Vaccine operations Central Provinces 1868-1885 - 1868-1885
Year: 1868
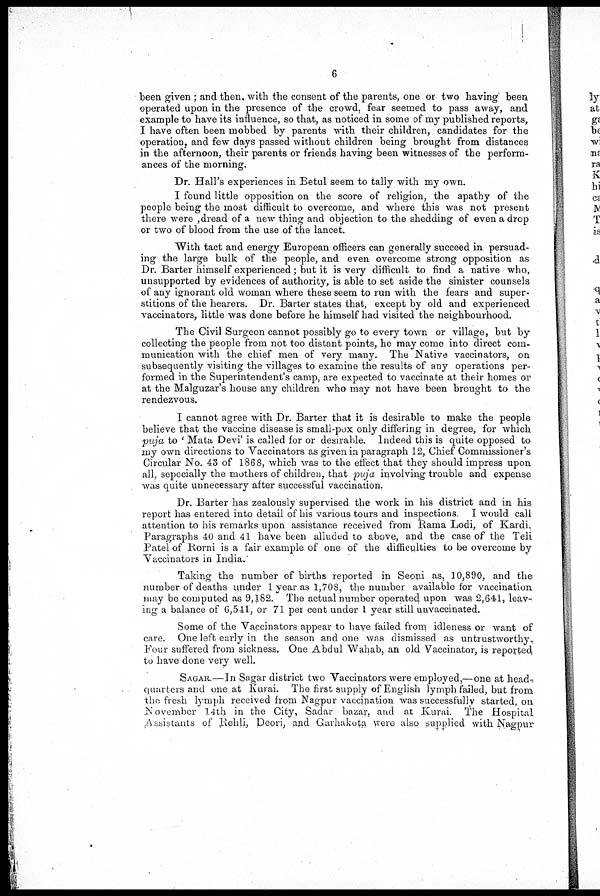
6
been given ; and then, with the consent of the parents, one or two having been
operated upon in the presence of the crowd, fear seemed to pass away, and
example to have its influence, so that, as noticed in some of my published reports,
I have often been mobbed by parents with their children, candidates for the
operation, and few days passed without children being brought from distances
in the afternoon, their parents or friends having been witnesses of the perform-
ances of the morning.
Dr. Hall's experiences in Betul seem to tally with my own.
I found little opposition on the score of religion, the apathy of the
people being the most difficult to overcome, and where this was not present
there were ,dread of a new thing and objection to the shedding of even a drop
or two of blood from the use of the lancet.
With tact and energy European officers can generally succeed in persuad-
ing the large bulk of the people, and even overcome strong opposition as
Dr. Barter himself experienced; but it is very difficult to find a native who,
unsupported by evidences of authority, is able to set aside the sinister counsels
of any ignorant old woman where these seem to run with the fears and super-
stitions of the hearers. Dr. Barter states that, except by old and experienced
vaccinators, little was done before he himself had visited the neighbourhood.
The Civil Surgeon cannot possibly go to every town or village, but by
collecting the people from not too distant points, he may come into direct com-
munication with the chief men of very many. The Native vaccinators, on
subsequently visiting the villages to examine the results of any operations per-
formed in the Superintendent's camp, are expected to vaccinate at their homes or
at the Malguzar's house any children who may not have been brought to the
rendezvous.
I cannot agree with Dr. Barter that it is desirable to make the people
believe that the vaccine disease is small-pox only differing in degree, for which
puja to ' Mata Devi' is called for or desirable. Indeed this is quite opposed to
my own directions to Vaccinators as given in paragraph 12, Chief Commissioner's
Circular No. 43 of 1868, which was to the effect that they should impress upon
all, sepecially the mothers of children, that puja involving trouble and expense
was quite unnecessary after successful vaccination.
Dr. Barter has zealously supervised the work in his district and in his
report has entered into detail of his various tours and inspections. I would call
attention to his remarks upon assistance received from Rama Lodi, of Kardi,
Paragraphs 40 and 41 have been alluded to above, and the case of the Teli
Patel of Rorni is a fair example of one of the difficulties to be overcome by
Vaccinators in India.
Taking the number of births reported in Seoni as, 10,890, and the
number of deaths under 1 year as 1,708, the number available for vaccination
may be computed as 9,182. The actual number operated upon was 2,641, leav-
ing a balance of 6,541, or 71 per cent under 1 year still unvaccinated.
Some of the Vaccinators appear to have failed from idleness or want of
care. One left early in the season and one was dismissed as untrustworthy.
Four suffered from sickness. One Abdul Wahab, an old Vaccinator, is reported
to have done very well.
SAGAR.—In Sagar district two Vaccinators were employed,—one at head ,
quarters and one at Kurai. The first supply of English lymph failed, but from
the fresh lymph received from Nagpur vaccination was successfully started, on
November 14th in the City, Sadar bazar, and at Kurai. The Hospital
Assistants of Rehli, Deori, and Garhakota were also supplied with Nagpur